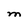
Character: M